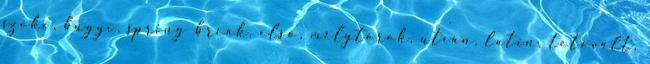
szőke, bugyi, spring break, első, mélytorok, utcán, latin, tetovált,